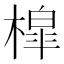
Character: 槹